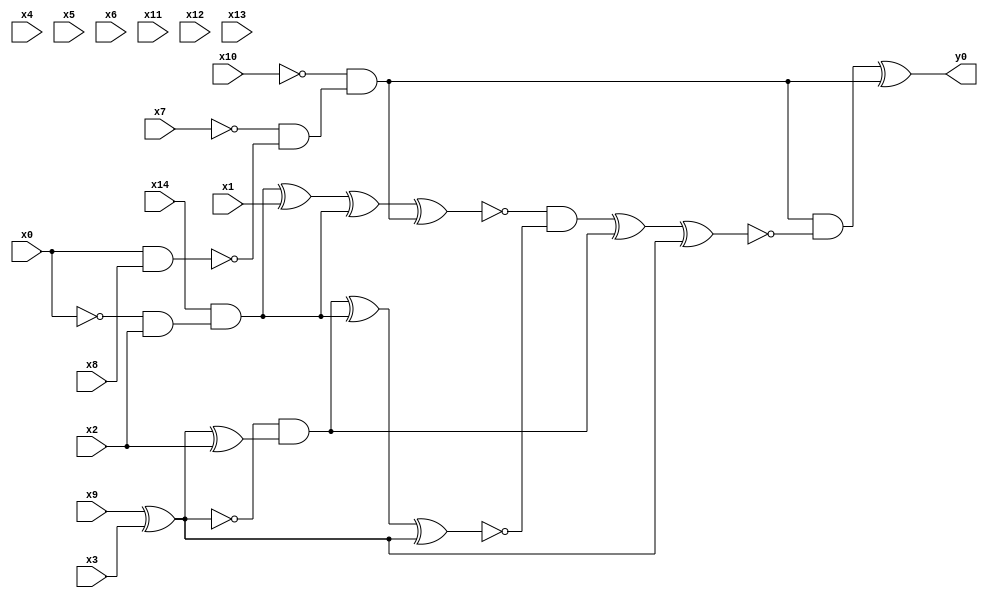
module top( x0 , x1 , x2 , x3 , x4 , x5 , x6 , x7 , x8 , x9 , x10 , x11 , x12 , x13 , x14 , y0 );
  input x0 , x1 , x2 , x3 , x4 , x5 , x6 , x7 , x8 , x9 , x10 , x11 , x12 , x13 , x14 ;
  output y0 ;
  wire n16 , n17 , n18 , n19 , n20 , n21 , n22 , n23 , n24 , n25 , n26 , n27 , n28 , n29 , n30 , n31 , n32 , n33 ;
  assign n16 = x0 & x8 ;
  assign n17 = ~x7 & ~n16 ;
  assign n18 = ~x10 & n17 ;
  assign n19 = ~x0 & x2 ;
  assign n20 = x14 & n19 ;
  assign n21 = n20 ^ x1 ;
  assign n22 = n21 ^ n20 ;
  assign n23 = n22 ^ n18 ;
  assign n24 = x9 ^ x3 ;
  assign n25 = n24 ^ x2 ;
  assign n26 = ~n24 & n25 ;
  assign n27 = n26 ^ n20 ;
  assign n28 = n27 ^ n24 ;
  assign n29 = ~n23 & ~n28 ;
  assign n30 = n29 ^ n26 ;
  assign n31 = n30 ^ n24 ;
  assign n32 = n18 & ~n31 ;
  assign n33 = n32 ^ n18 ;
  assign y0 = n33 ;
endmodule